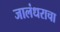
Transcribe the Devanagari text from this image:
जालंधराचा